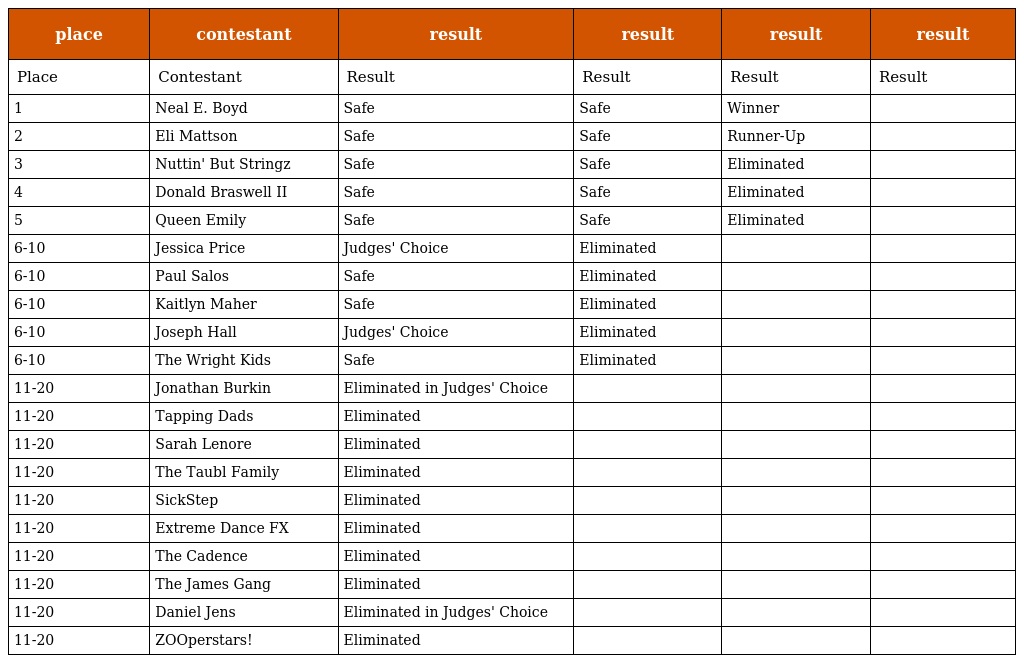
| place | contestant | result | result | result | result |
 | --- | --- | --- | --- | --- | --- |
 | Place | Contestant | Result | Result | Result | Result |
 | 1 | Neal E. Boyd | Safe | Safe | Winner |  |
 | 2 | Eli Mattson | Safe | Safe | Runner-Up |  |
 | 3 | Nuttin' But Stringz | Safe | Safe | Eliminated |  |
 | 4 | Donald Braswell II | Safe | Safe | Eliminated |  |
 | 5 | Queen Emily | Safe | Safe | Eliminated |  |
 | 6-10 | Jessica Price | Judges' Choice | Eliminated |  |  |
 | 6-10 | Paul Salos | Safe | Eliminated |  |  |
 | 6-10 | Kaitlyn Maher | Safe | Eliminated |  |  |
 | 6-10 | Joseph Hall | Judges' Choice | Eliminated |  |  |
 | 6-10 | The Wright Kids | Safe | Eliminated |  |  |
 | 11-20 | Jonathan Burkin | Eliminated in Judges' Choice |  |  |  |
 | 11-20 | Tapping Dads | Eliminated |  |  |  |
 | 11-20 | Sarah Lenore | Eliminated |  |  |  |
 | 11-20 | The Taubl Family | Eliminated |  |  |  |
 | 11-20 | SickStep | Eliminated |  |  |  |
 | 11-20 | Extreme Dance FX | Eliminated |  |  |  |
 | 11-20 | The Cadence | Eliminated |  |  |  |
 | 11-20 | The James Gang | Eliminated |  |  |  |
 | 11-20 | Daniel Jens | Eliminated in Judges' Choice |  |  |  |
 | 11-20 | ZOOperstars! | Eliminated |  |  |  |